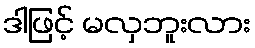
ဒါဖြင့် မလှဘူးလား